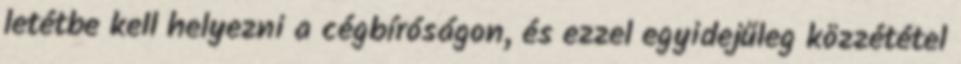
letétbe kell helyezni a cégbíróságon, és ezzel egyidejűleg közzététel